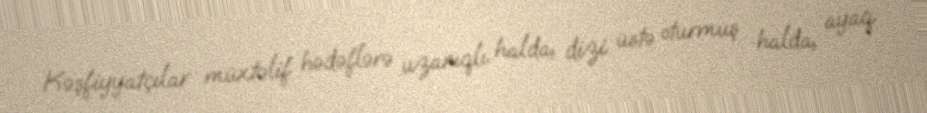
Kəşfiyyatçılar müxtəlif hədəflərə uzanıqlı halda, dizi üstə oturmuş halda, ayaq